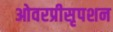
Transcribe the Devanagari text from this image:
ओवरप्रीसृपशन